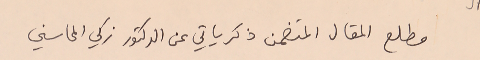
مطلع المقال المتضمن ذكرياتي عن الدكتور زكي المحاسني